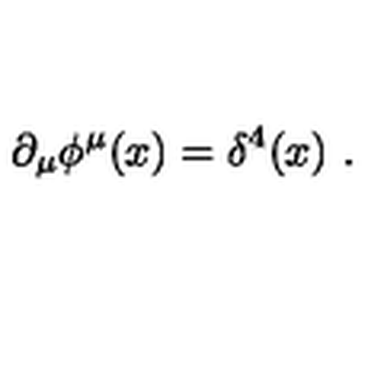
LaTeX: \partial _ { \mu } \phi ^ { \mu } ( x ) = \delta ^ { 4 } ( x ) \ .